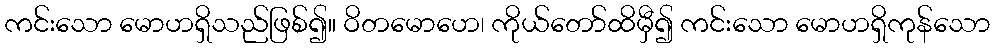
ကင်းသော မောဟရှိသည်ဖြစ်၍။ ဝိတမောဟေ၊ ကိုယ်တော်ထိမှီ၍ ကင်းသော မောဟရှိကုန်သော